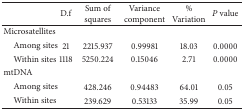
<table><thead><tr><td><b> </b></td><td><b>D.f</b></td><td><b>Sum of squares</b></td><td><b>Variance component</b></td><td><b>% Variation</b></td><td><b><i>P</i> value</b></td></tr></thead><tbody><tr><td>Microsatellites</td><td> </td><td> </td><td> </td><td> </td><td> </td></tr><tr><td> Among sites</td><td>21</td><td>2215.937</td><td>0.99981 </td><td>18.03</td><td>0.0000</td></tr><tr><td> Within sites</td><td>1118</td><td>5250.224</td><td>0.15046 </td><td>2.71</td><td>0.0000</td></tr><tr><td>mtDNA</td><td> </td><td> </td><td> </td><td> </td><td> </td></tr><tr><td> Among sites</td><td> </td><td>428.246</td><td>0.94483</td><td>64.01</td><td>0.05</td></tr><tr><td> Within sites</td><td> </td><td>239.629</td><td>0.53133</td><td>35.99</td><td>0.05</td></tr></tbody></table>